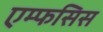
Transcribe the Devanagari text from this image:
एम्फसिस